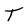
Character: T